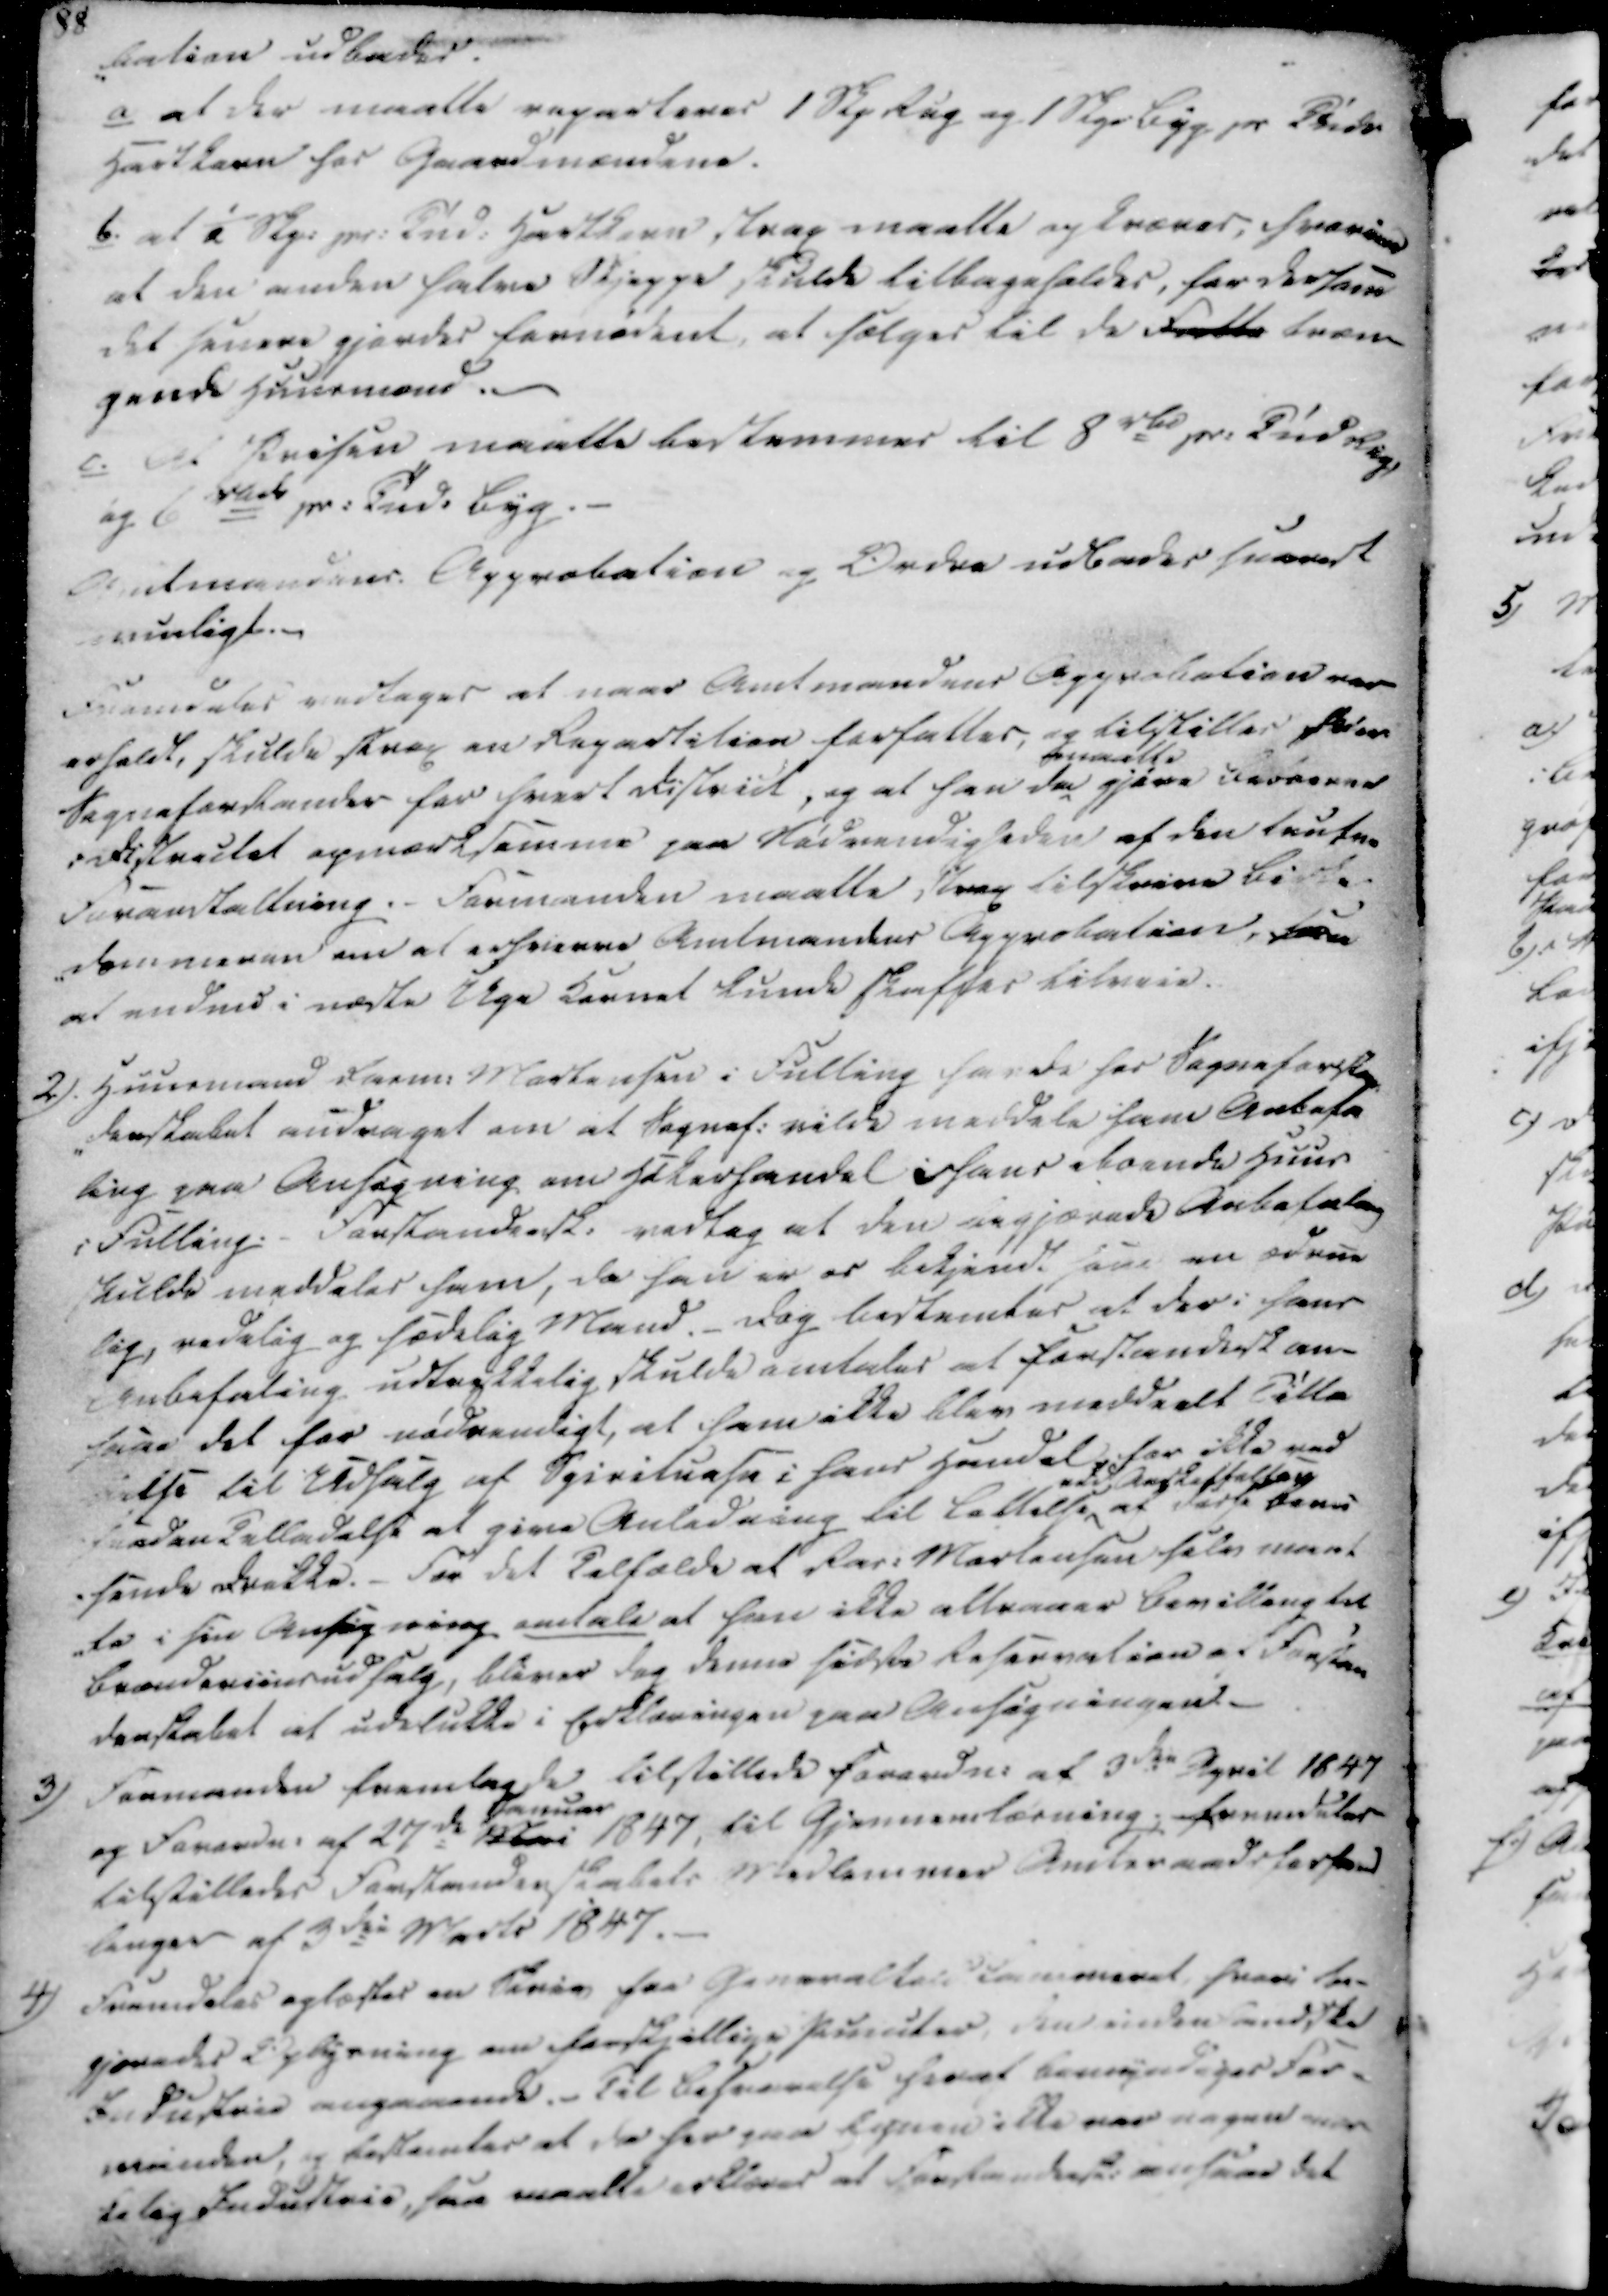
Transskription:
-bation udbedes.
a at der maatte reparteres 1 Skp Rug og 1 Skpr Byg pr Tønde
Hartkorn hos Gaardmændene.
b. at i Skp. pr. Tnd. Hartkorn, strap maatte opkræves, hvori
at den anden halve Skjeppe skulde tilbageholdes, for derfor
det senere gjordes fornødent, at sælges til de fatti træn
gende Huusmænd.
c. At Prisen maatte bestemmes til 8 rd pr. Tnd
Rug,
og 6 rd pr. Tnd. Byg.
Amtmandens Approbation og Ordre udbedes snarest
muligt.

Fremdeles vedtages at naar Amtmandens Approbation var
erholdt, skulde strax en Repartition forfattes, og tilstilles hver
Sogneforstander for hvert District, og at han da
maatte
gjøre Beboerne
i Districtet opmærksomme paa Nødvendigheden af den trufne
Foranstaltning. - Formanden maatte strax tilskrive Birke-
-dommeren om at erhvierve Amtmandens Approbation, saa
at endnu i næste Uge Kornet kunde skaffes tilveie.

2).

Huusmand Rasm. Mortensen i Fulling havde hos Sogneforstan-
-derskabet andraget om at Sognef. vilde meddele ham Anbefa-
ling paa Ansøgning om Høkerhandel i hans iboende Huus
i Fulling. - Forstandersk. vedtog at den begjærede Anbefaling
skulde meddeles ham, da han er os bekjendt som en ædrue
lig, redelig og sædelig Mand. Dog bestemtes at der i hans
Anbefaling udtrykkelig skulde omtales at Forstandersk an
saae det for nødvendigt, at ham ikke blev meddeelt Tilla
delse til Udsalg af Spirituose i hans Handel, for ikke ved
saaden tilladelse at give Anledning til Lettelse
vded Anskaffelsen
af disse beru
-sende Drikke. For det tilfælde at Ras. Mortensen selv maat
te i sin Ansøgning omtale at han ikke attraaes Bevilling til
Brændeviinsudsalg, bliver dog denne sidste Reservation af Forstan
derskabet at udelukke i Erklæringen paa Ansøgningen.

3)

Formanden fremlagde tilstillede Forordn. af 3de April 1847
og Forordn. af 27de Mai
Januar
1847, til Gjennemlæsning; fremdeles
tilstilledes Forstanderskabets Medlemmer Amtsraadsforhand
linger af 3die Marts 1847.

4)

Fremdeles oplæstes en Skriv fra Genevalter Kammeret, hvori be-
gjæredes Oplysning om forskjellige Puncter Daseieden kandske
Industrie angaaende. Til Besvarelse heraf bemyndiges For-
manden, og bestemtes at de her paa Egnen ikke var nogen van
kelig Industrie, saa maatte erklæres at Forstandersk. anseer det